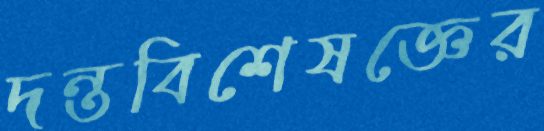
দন্তবিশেষজ্ঞের